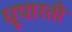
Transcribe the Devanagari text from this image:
धूपारती